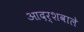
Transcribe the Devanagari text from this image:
आदर्शवाले